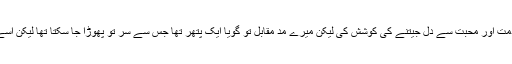
شروع شروع میں تو خدمت اور محبت سے دل جیتنے کی کوشش کی لیکن میرے مد مقابل تو گویا ایک پتھر تھا جس سے سر تو پھوڑا جا سکتا تھا لیکن اُسے نرم کرنا ممکن نہ تھا۔